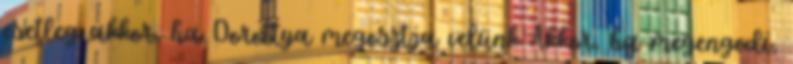
esetleg akkor, ha Dorottya megosztja velünk Akkor, ha megengedi,